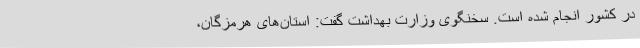
در کشور انجام شده است. سخنگوی وزارت بهداشت گفت: استان‌های هرمزگان،